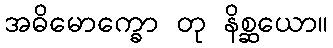
အဓိမောက္ခော တု နိစ္ဆယော။